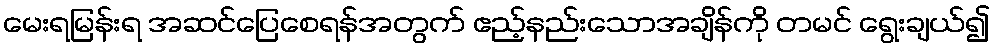
မေးရမြန်းရ အဆင်ပြေစေရန်အတွက် ဧည့်နည်းသောအချိန်ကို တမင် ရွေးချယ်၍